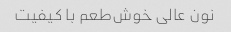
نون عالی خوش‌طعم با کیفیت